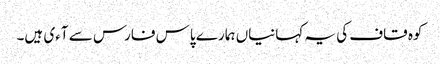
کوہ قاف کی یہ کہانیاں ہمارے پاس فارس سے آءی ہیں۔